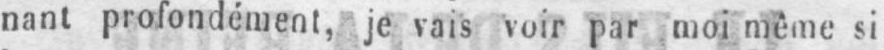
nant profondément, je vais voir par moi même si